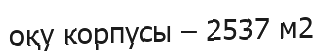
оқу корпусы – 2537 м2